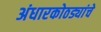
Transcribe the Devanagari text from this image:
अंधारकोठड्यांचे